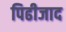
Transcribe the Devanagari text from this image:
पिढीजाद